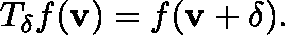
T _ { \mathbf { \delta } } f ( \mathbf { v } ) = f ( \mathbf { v } + \mathbf { \delta } ) .